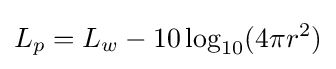
L_{p}=L_{w}-10\log _{10}(4\pi r^{2})